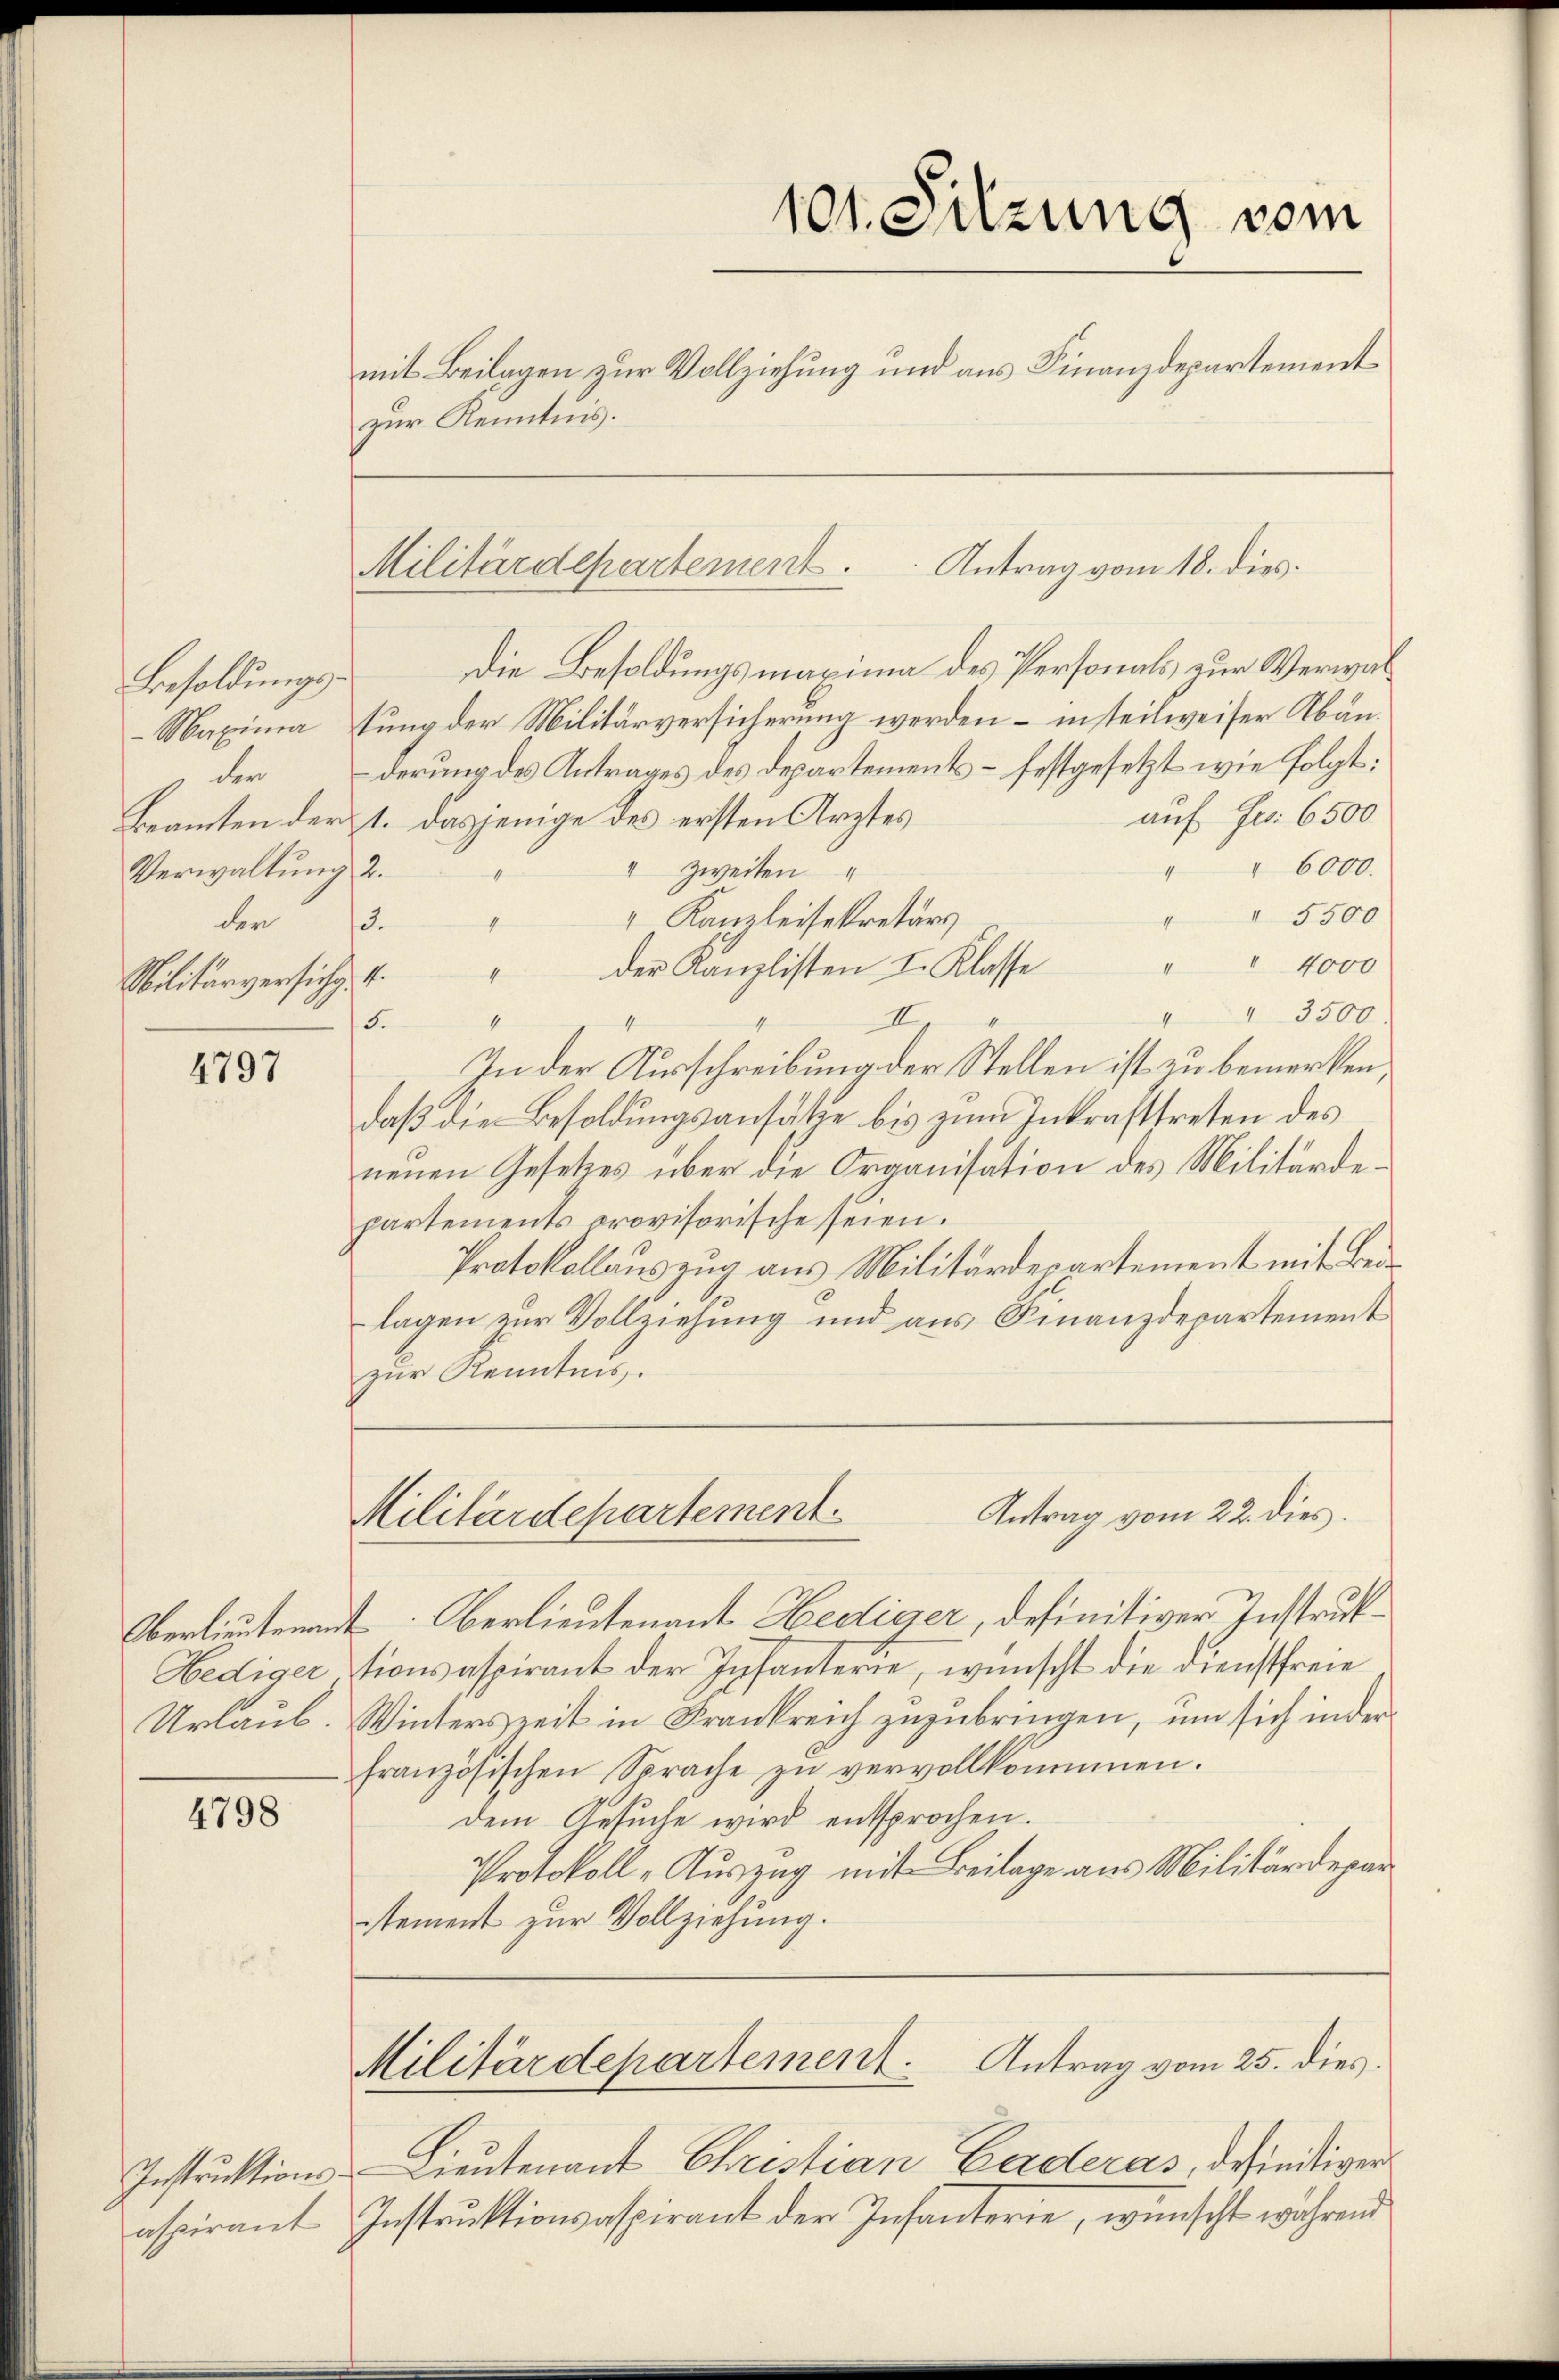
Besoldungsder
Verwaltung 2.
der
3.
Militärversichg. 4.

4797

Hediger
Urlaub.

4798

aspirant

zur Kenntnis.

101. Sitzung vom
mit Beilagen zur Vollziehung und aus Finanzdepartement¬

Antrag vom 18. dies
Militärdepartement.

Die Besoldungsmaxima des Personals zur Verwal¬
Maxima stung der Militärversicherung werden – in teilweiser Abänderung des Antrages des Departements – festgesetzt wie folgt:
auf Fr. 6500
Beamten der 1. dasjenige des ersten Arztes
" " 6000.
" zweiten
5500
" Kanzleisekretärs
x
" " 4000
der Kanzlisten I. Klasse
4
" " 3500.
4
II.
4
5.
In der Ausschreibung der Stellen ist zu bemerken,
daß die Besoldungsansätze bis zum Inkrafttreten des
neuen Gesetzes über die Organisation des Militärdepartements provisorische seien.
Protokollauszug aus Militärdepartement mit Beilagen zur Vollziehung und aus Finanzdepartement
zur Kenntnis.

Antrag vom 22. dies
Militärdepartement

Antrag vom 25. dies.
Militärdepartement

Oberlieutenant Oerlieutenant Hedieser, definitiver Instruktionsaspirant der Infanterie, wünscht die Dienstfreie
Winterszeit in Frankreich zuzubringen, um sich inder
französischen Sprache zŭ vervollkommen.
dem Gesuche wird entsprochen.
Protokoll „Auszug mit Beilage aus Militärdepar
stement zur Vollziehung.

Instruktions-Lieutenant Christian Garderas, derseitiger
Instruktionsaspirant der Infanterie, wünscht während